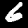
Label: 6